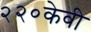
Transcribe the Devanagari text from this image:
२२०केवी